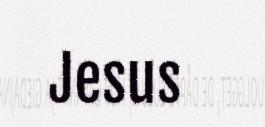
Jesus